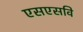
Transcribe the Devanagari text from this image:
एसएसवि